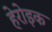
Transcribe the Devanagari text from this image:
हेरोइक